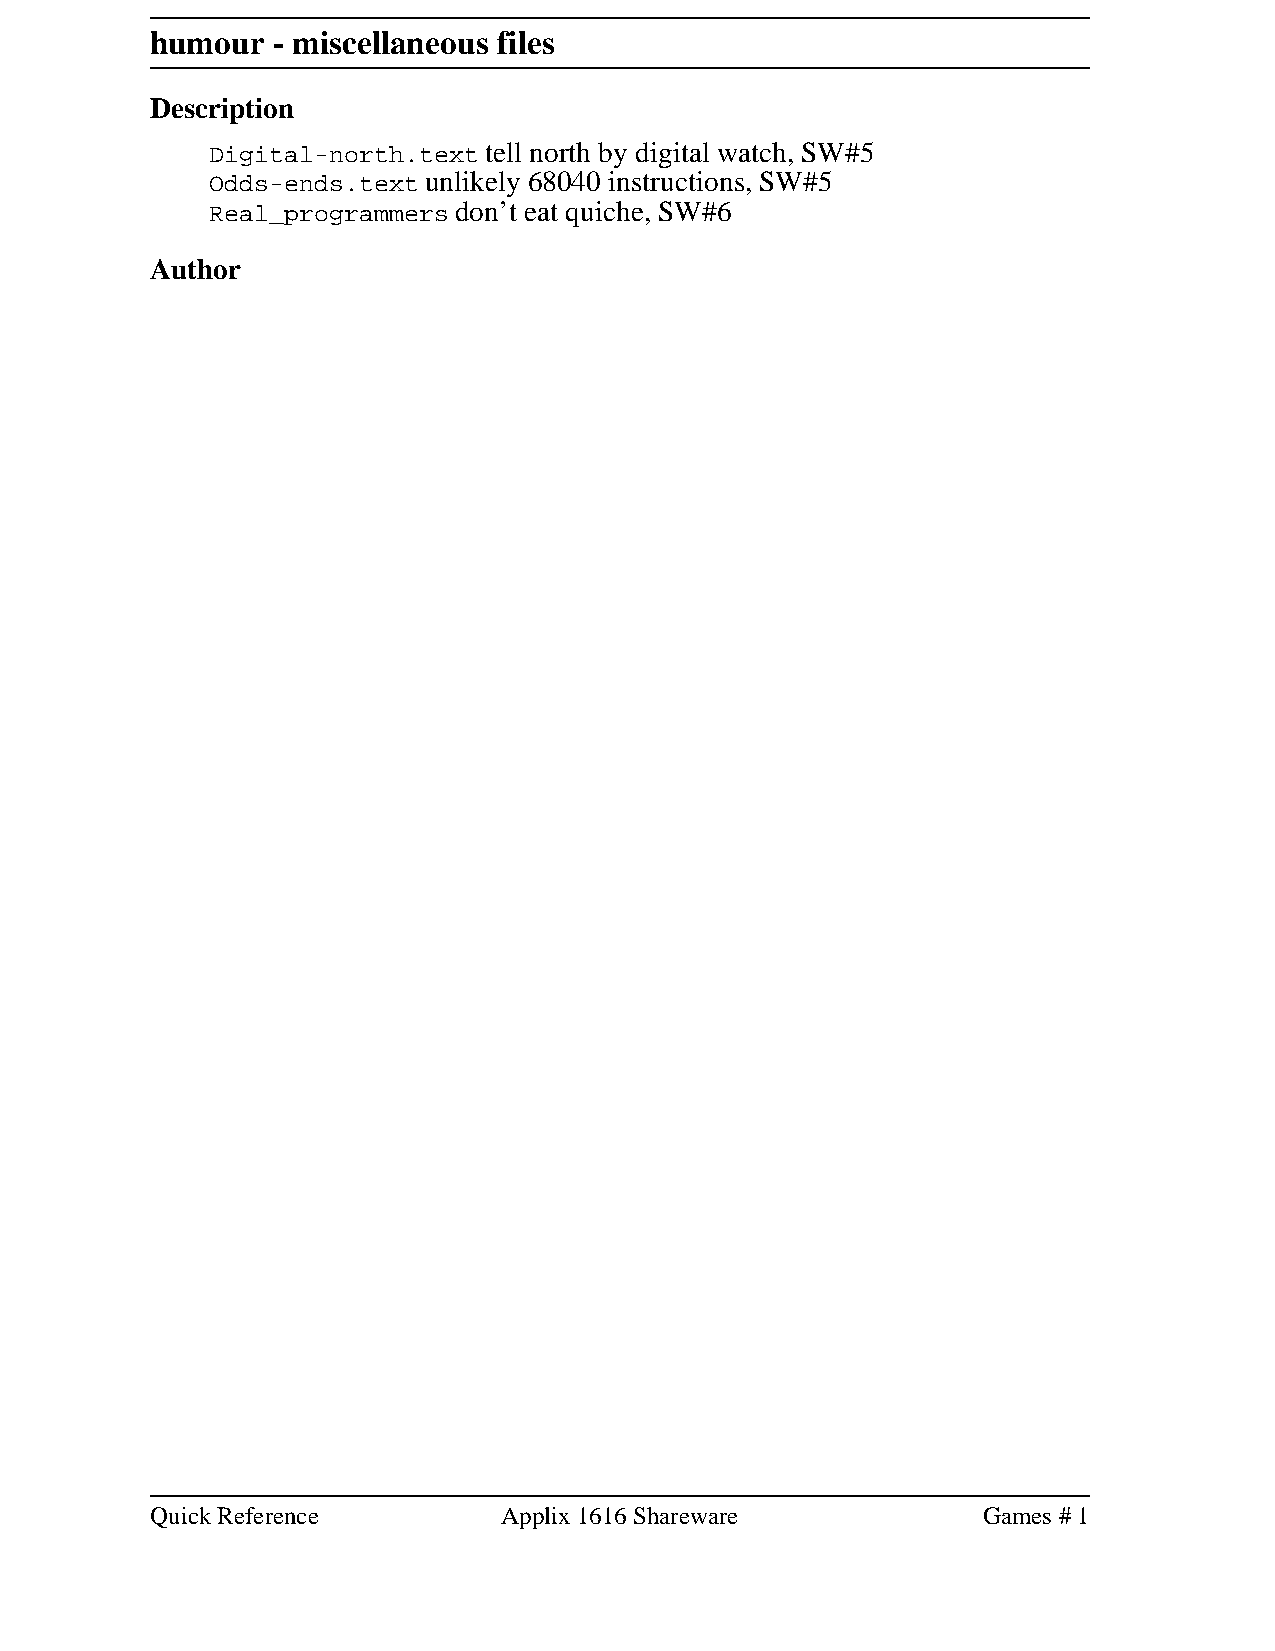
humour  - miscellaneous files
 Description
 Digital-north.text tell north by digital watch, SW#5
 Odds-ends.text unlikely 68040 instructions, SW#5
 Real_programmers don’t eat quiche, SW#6
 Author
 Quick Reference        Applix 1616 Shareware           Games # 1